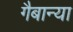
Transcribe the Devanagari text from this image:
गैबान्या